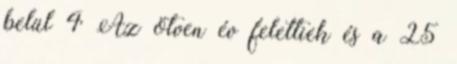
belül 4 Az ötven év felettiek és a 25